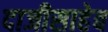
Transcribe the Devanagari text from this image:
दाजीसाहेब